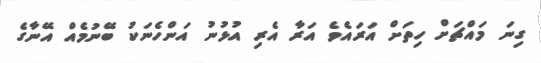
ގިނަ މައްޗަށް ހިތަށް އަރައެވެ އަރާ އެރި އުޅުނު އަންހެނަކު ބޭނުމެއް އޭނާގެ